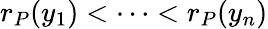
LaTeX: r_{P}(y_{1})<\dots<r_{P}(y_{n})